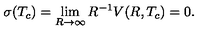
\sigma ( T _ { c } ) = \lim _ { R \to \infty } R ^ { - 1 } V ( R , T _ { c } ) = 0 { . }